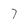
Character: 7